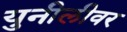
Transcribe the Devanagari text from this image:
युनीलीवर